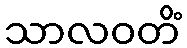
သာလဝတိံ